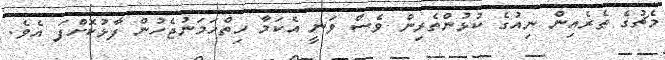
މެޗުގެ ތެރެއިން ނިއުގެ ކުޅުންތެރިން ވެސް ވަނީ އެކަމާ ހިތްހަމަނުޖެހުން ފާޅުކޮށްފަ އެވެ.